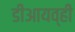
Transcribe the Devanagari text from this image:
डीआयव्ही